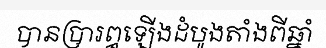
បានប្រារព្ធឡើងដំបូងតាំងពីឆ្នាំ